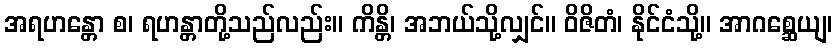
အရဟန္တော စ၊ ရဟန္တာတို့သည်လည်း။ ကိန္တိ၊ အဘယ်သို့လျှင်။ ဝိဇိတံ၊ နိုင်ငံသို့။ အာဂစ္ဆေယျ၊